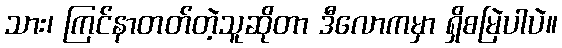
သား၊ ကြင်နာတတ်တဲ့သူဆိုတာ ဒီလောကမှာ ရှိစမြဲပါပဲ။